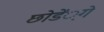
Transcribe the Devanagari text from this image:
छोडें़गे